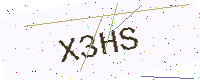
Text: X3HS